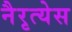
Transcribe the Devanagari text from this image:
नैरृत्येस